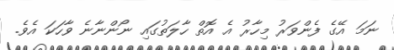
ނަމަ އޭގެ ފެންވަރު މިހާރު އެ އޮތް ހާލަތުގައި ނޯންނާނެ ވާހަކަ އެވެ.